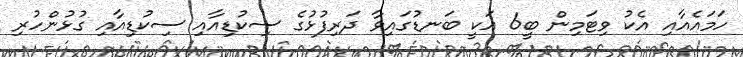
ހަމައެއާއި އެކު ވިޓަމިން ބީ6 އަކީ ބަނޑުގައިވާ ދަރިފުޅުގެ ސިކުޑިއާއި ސިކުޑިއާއި ގުޅުންހުރި